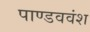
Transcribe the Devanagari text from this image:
पाण्डववंश